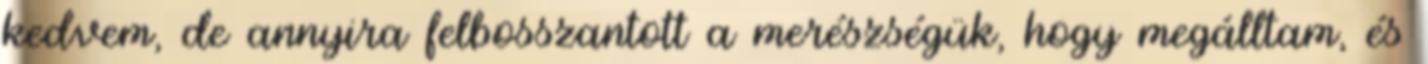
kedvem, de annyira felbosszantott a merészségük, hogy megálltam, és